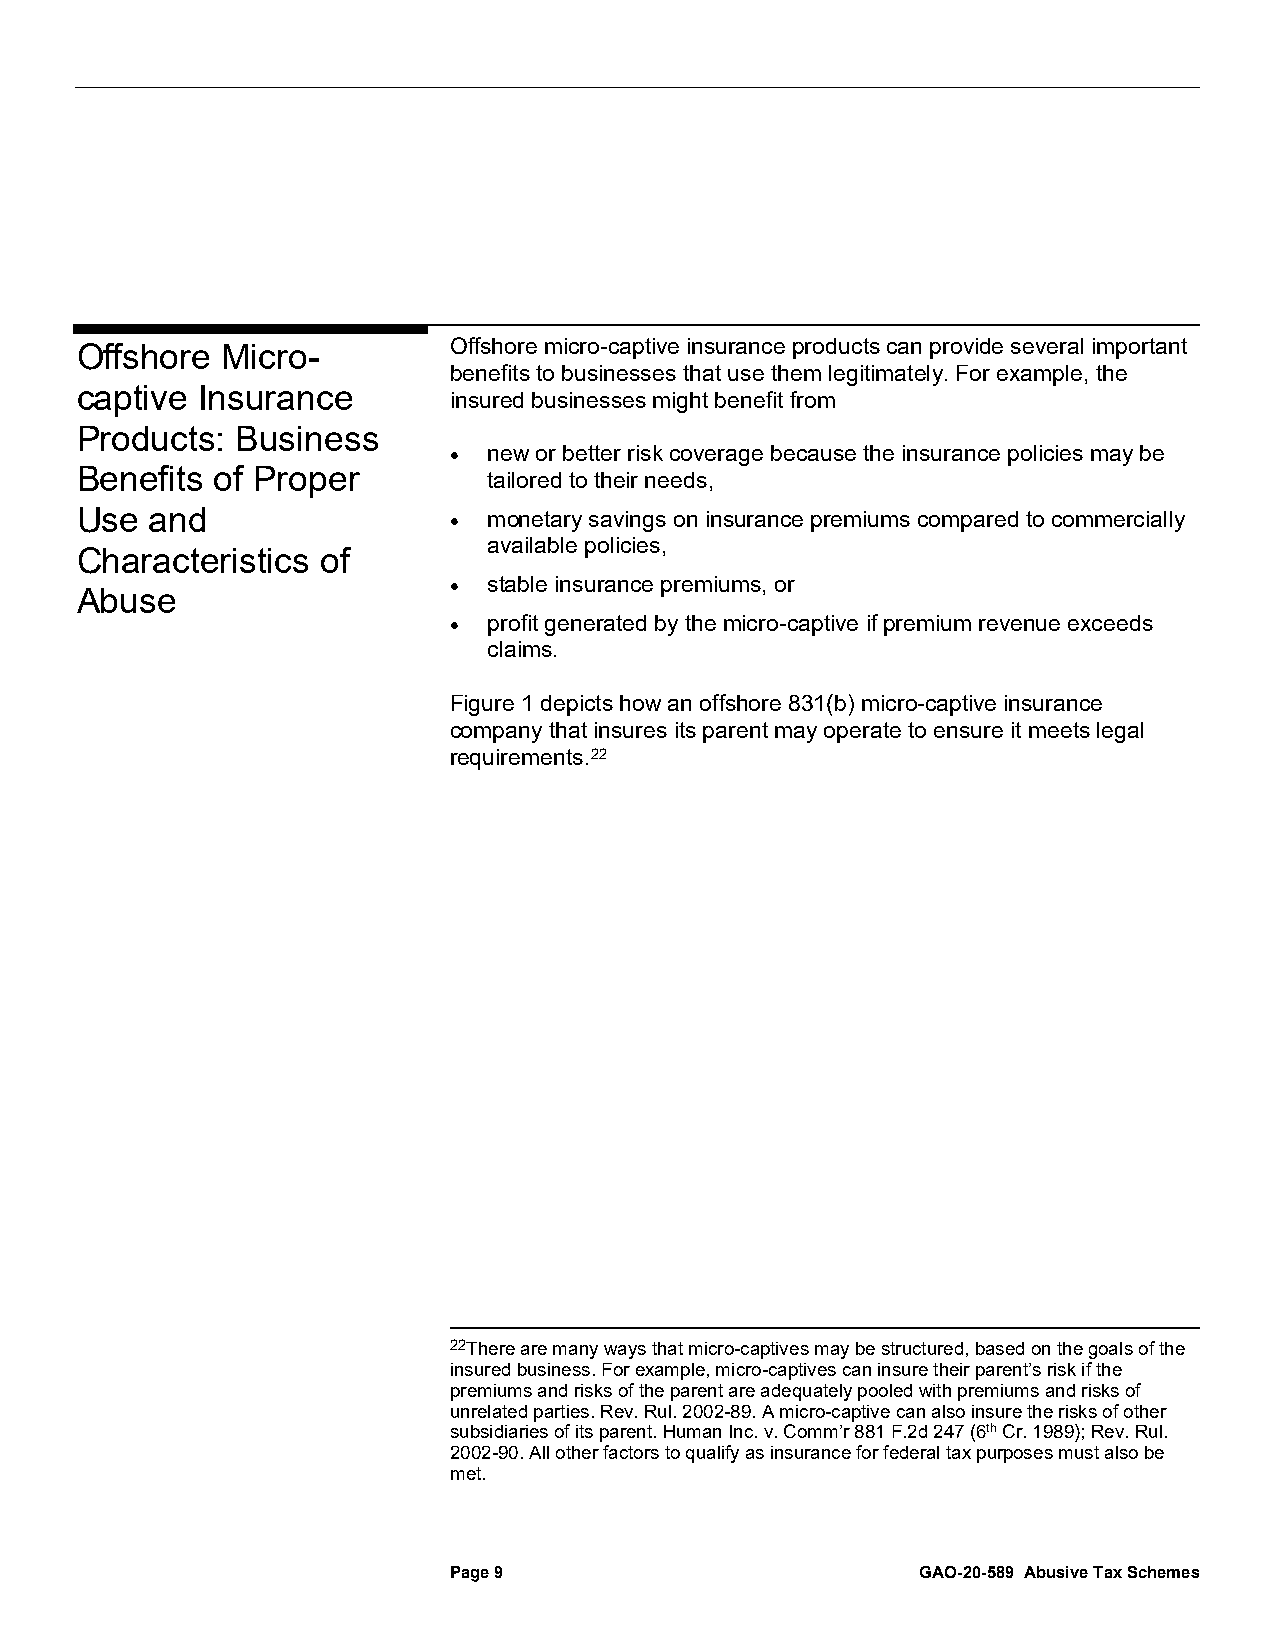
Offshore micro-captive insurance products can provide several important
 Offshore  Micro-
 benefits to businesses that use them legitimately. For example, the
 captive Insurance
 insured businesses might benefit from
 Products:  Business
 • new or better risk coverage because the insurance policies may be
 Benefits of Proper         tailored to their needs,
 Use  and                 • monetary savings on insurance premiums compared to commercially
 available policies,
 Characteristics of
 • stable insurance premiums, or
 Abuse
 • profit generated by the micro-captive if premium revenue exceeds
 claims.
 Figure 1 depicts how an offshore 831(b) micro-captive insurance
 company that insures its parent may operate to ensure it meets legal
 requirements.22
 22There are many ways that micro-captives may be structured, based on the goals of the
 insured business. For example, micro-captives can insure their parent’s risk if the
 premiums and risks of the parent are adequately pooled with premiums and risks of
 unrelated parties. Rev. Rul. 2002-89. A micro-captive can also insure the risks of other
 subsidiaries of its parent. Human Inc. v. Comm’r 881 F.2d 247 (6th Cr. 1989); Rev. Rul.
 2002-90. All other factors to qualify as insurance for federal tax purposes must also be
 met.
 Page 9                         GAO-20-589 Abusive Tax Schemes